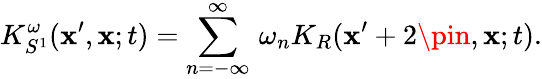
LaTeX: K_{S^{1}}^{\omega}(\mathbf{x}^{\prime},\mathbf{x};t)=\sum_{n=-\infty}^{\infty}\, \omega_{n}K_{R}(\mathbf{x}^{\prime}+2\pin,\mathbf{x};t).